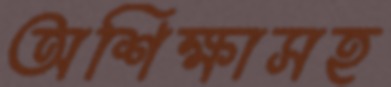
অশিক্ষাসহ